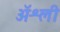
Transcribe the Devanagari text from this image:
ॲश्ली